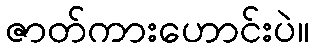
ဇာတ်ကားဟောင်းပဲ။